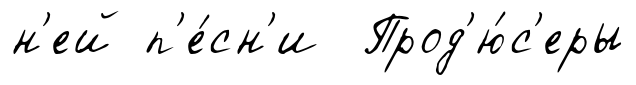
н'ей п'е́сн'и Прод'ю́с'еры